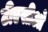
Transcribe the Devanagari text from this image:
टीएसीओ